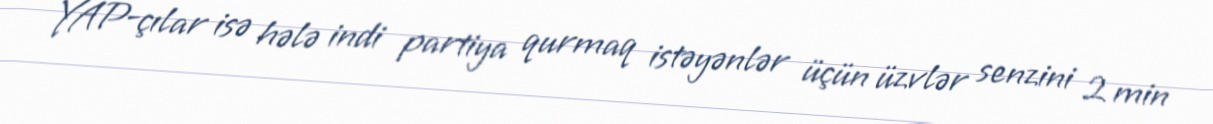
YAP-çılar isə hələ indi partiya qurmaq istəyənlər üçün üzvlər senzini 2 min